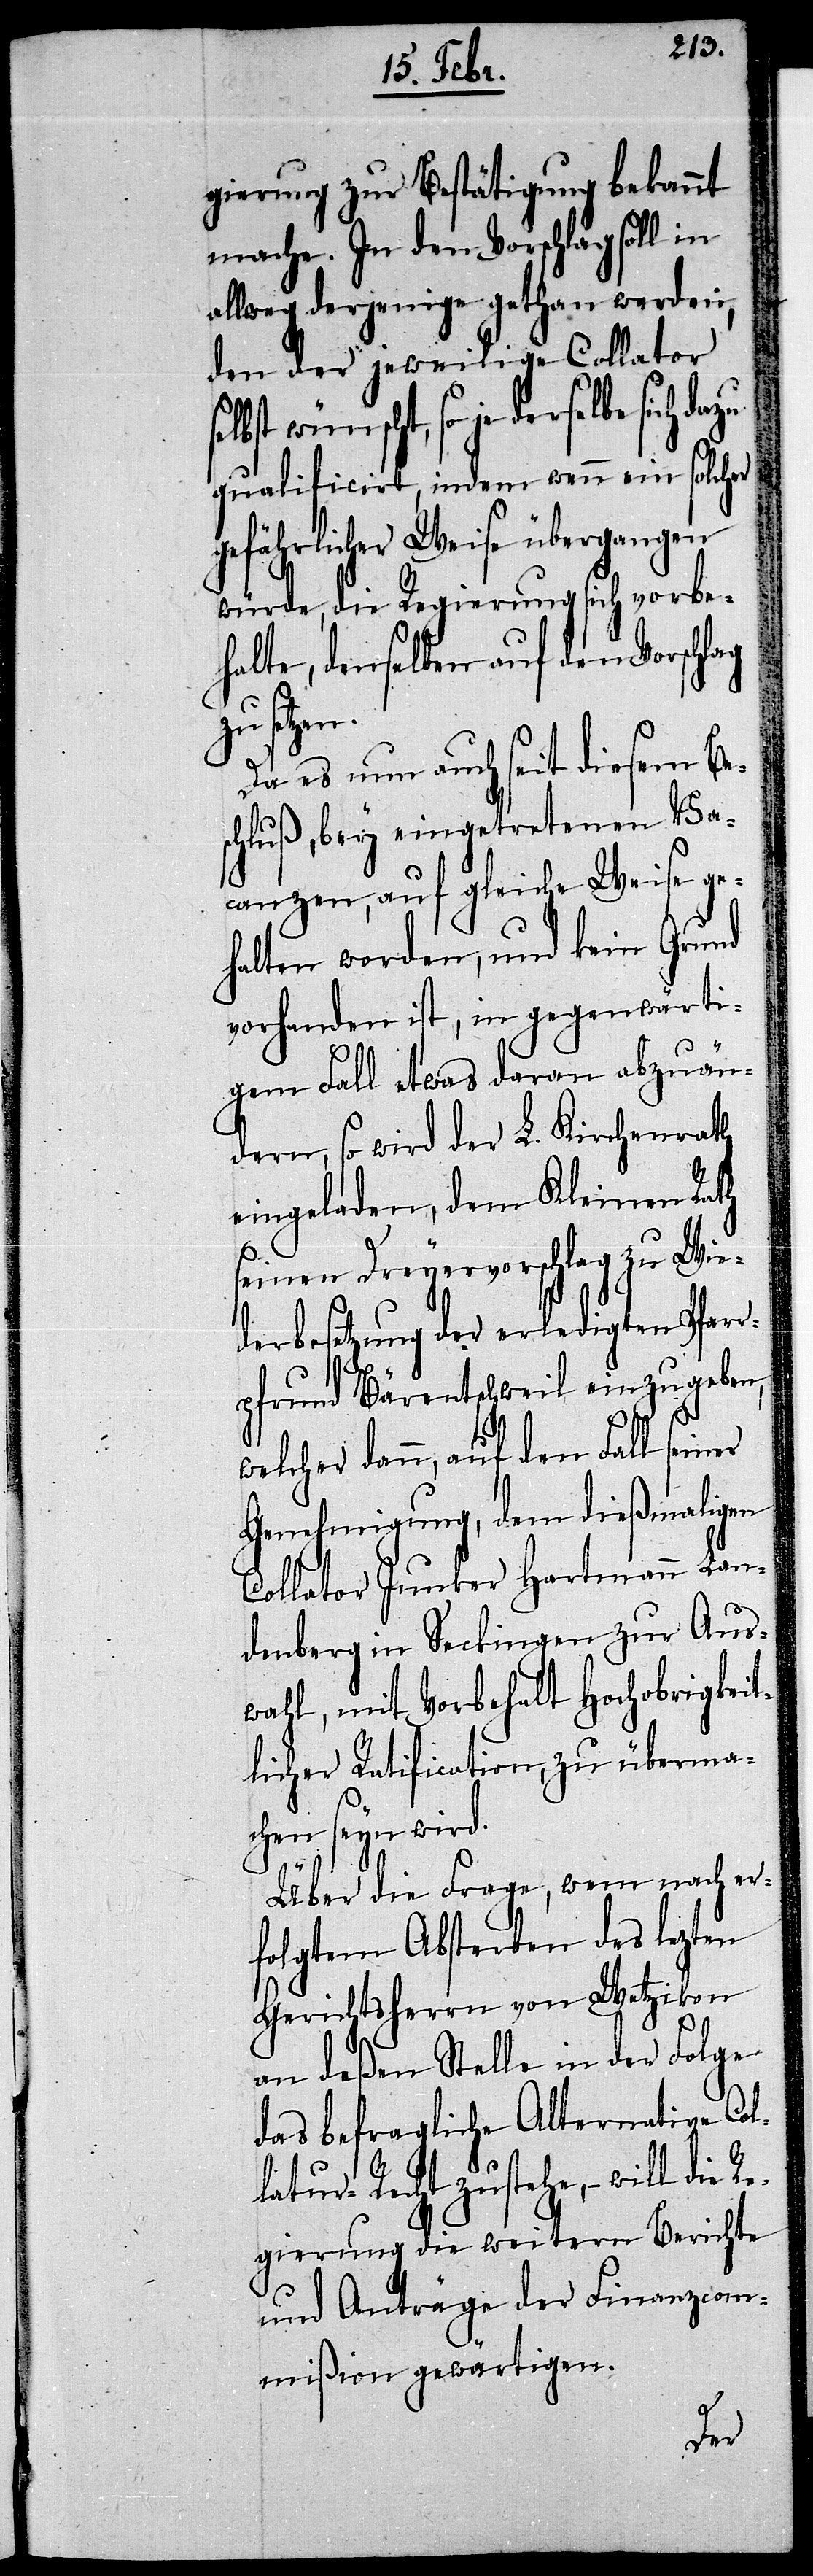
ag

gierung zur Bestätigung bekannt
mache. In den Vorschlag soll in
allweg derjenige gethan werden,
den der jeweilige Collator
so je derselbe sich dazu
qualificirt, indem wenn ein solcher
gefährlicher Weise übergangen
würde, die Regierung sich vorbe¬
halte, denselben auf den Vorschl¬
zu setzen.
Da es nun auch seit diesem Be¬
schluß, bey eingetretenen Va¬
canzen, auf gleiche Weise ge¬
halten worden, und kein Grund
vorhanden ist, in gegenwärti¬
gem Fall etwas daran abzuän¬
dern, so wird der L. Kirchenrath
eingeladen, dem Kleinen Rath
seinen Dreyervorschlag zu Wie¬
derbesetzung der erledigten Pfarr¬
pfrund Bärentschweil einzugeben,
welcher dann, auf den Fall seiner
Genehmigung, dem dießmaligen
Collator Junker Hartmann Lan¬
denberg in Seckingen zur Aus¬
wahl, mit Vorbehalt Hochobrigkeit¬
licher Ratification, zu überma¬
chen seyn wird.
Über die Frage, wem nach er¬
folgtem Absterben des lezten
Gerichtsherrn von Wetzikon
an deßen Stelle in der Folge
das befragliche Alternative Col¬
latur-Recht zustehe, – will die
Regierung die weitern Berichte
und Anträge der Finanzcom¬
mißion gewärtigen.